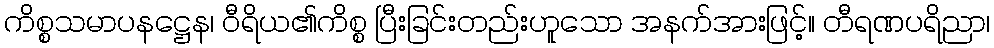
ကိစ္စသမာပနဋ္ဌေန၊ ဝီရိယ၏ကိစ္စ ပြီးခြင်းတည်းဟူသော အနက်အားဖြင့်။ တီရဏပရိညာ၊